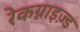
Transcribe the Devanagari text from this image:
रेकग्नाइज़्ड